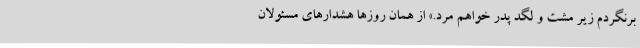
برنگردم زیر مشت و لگد پدر خواهم مرد.» از همان روزها هشدارهای مسئولان